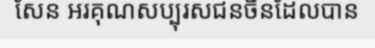
សែន អរគុណសប្បុរសជនចិនដែលបាន